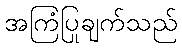
အကြံပြုချက်သည်